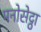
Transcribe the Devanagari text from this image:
मनोसेट्ठा